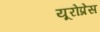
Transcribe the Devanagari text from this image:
यूरोप्रेस